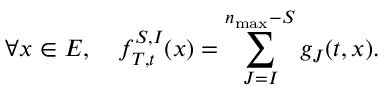
\forall x \in E , \quad f _ { T , t } ^ { S , I } ( x ) = \sum _ { J = I } ^ { n _ { \operatorname* { m a x } } - S } g _ { J } ( t , x ) .